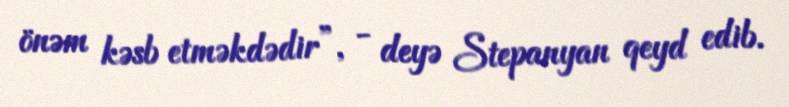
önəm kəsb etməkdədir”, - deyə Stepanyan qeyd edib.